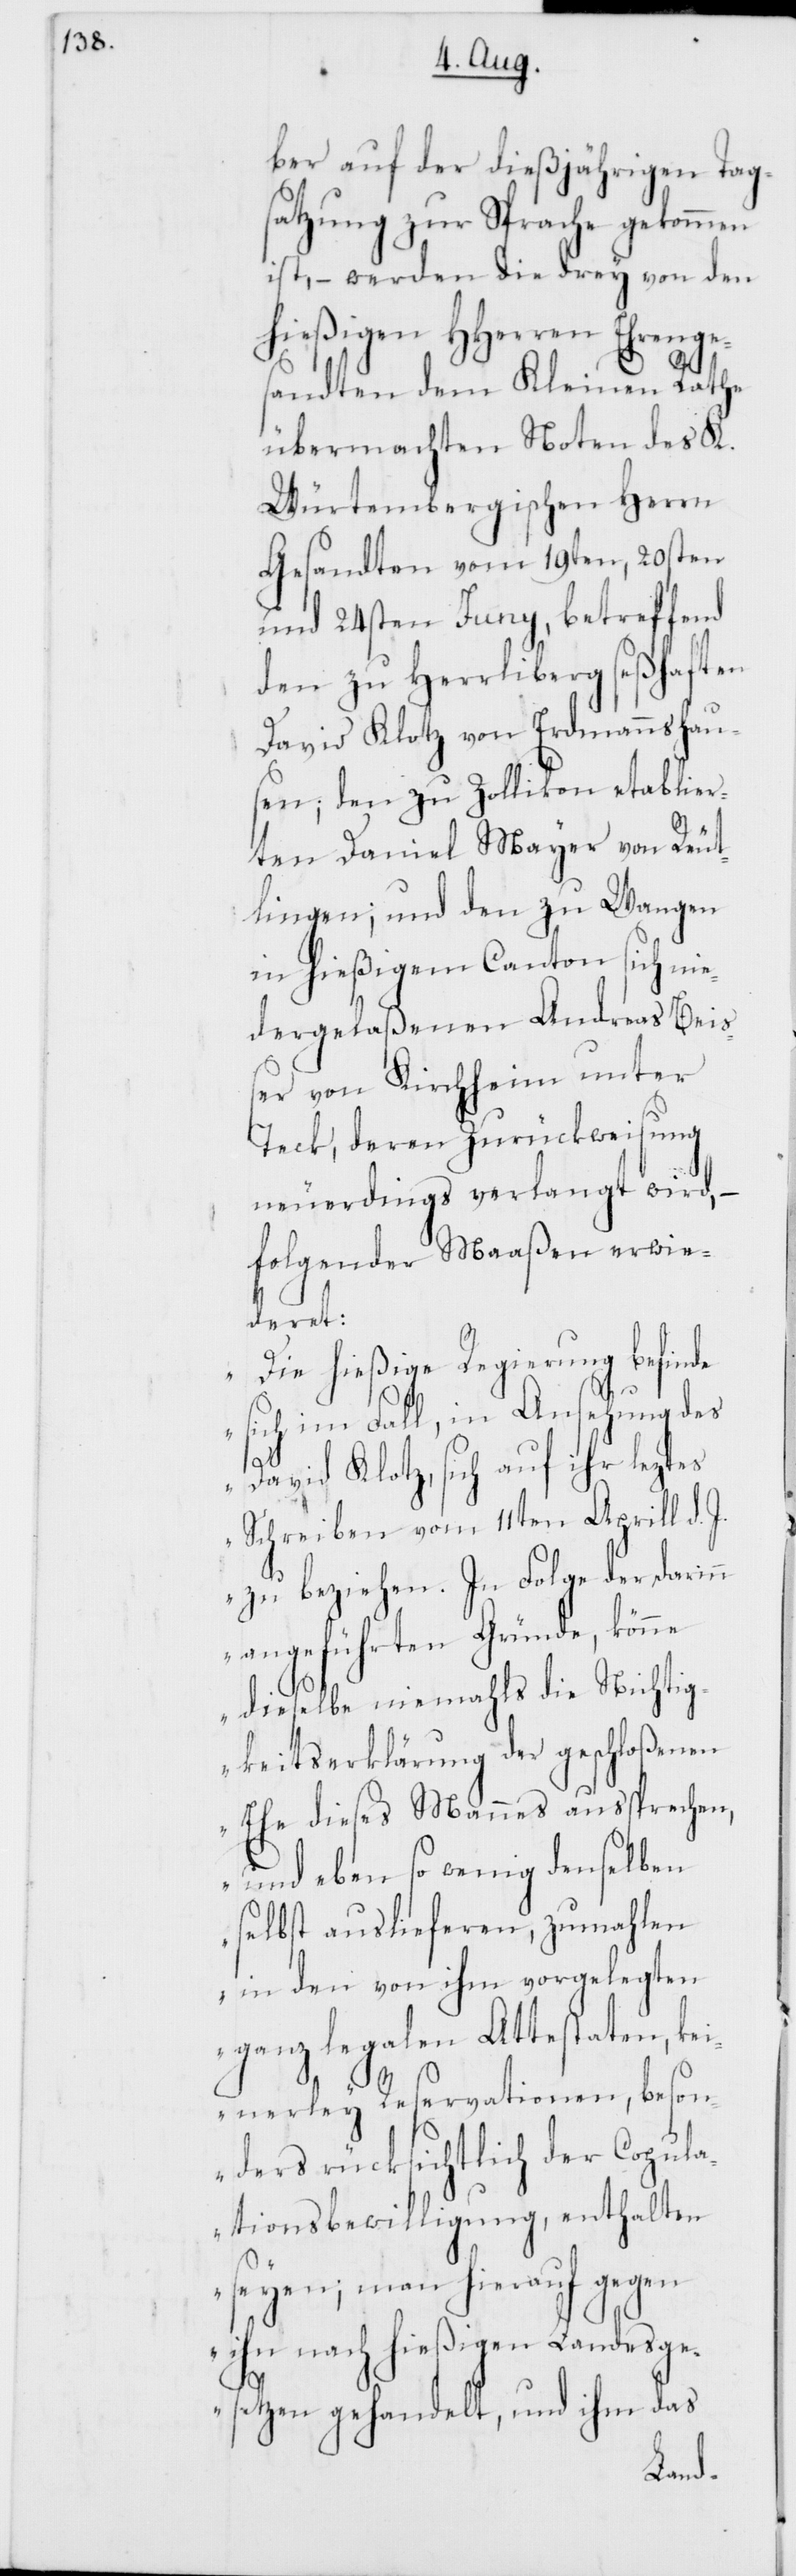
ber auf der dießjährigen Tags¬
atzung zur Sprache gekommen
ist, – werden die drey von den
hießigen HHerren Ehrenge¬
sandten dem Kleinen Rathe
übermachten Noten des K.
Württembergischen Herrn
Gesandten vom 19ten, 20sten
und 24sten Juny, betreffend
den zu Herrliberg seßhaften
David Klotz von Erdmannshau¬
sen; den zu Zollikon etablier¬
ten Daniel Mayer von Reut¬
lingen; und den zu Wangen
in hießigem Canton sich nie¬
dergelaßenen Andreas Beiß¬
er von Kirchheim unter
Teck; deren Zurückweisung
neuerdings verlangt wird,
folgender Maaßen erwi¬
deret:
„Die hießige Regierung befinde
sich im Fall, in Ansehung des
David Klotz, sich auf ihr leztes
Schreiben vom 11ten Aprill d.
zu beziehen. In Folge der darin
angeführten Gründe, könne
dieselbe niemahls die Nichtig¬
keitserklärung der geschloßenen
Ehe dieses Mannes aussprechen,
und eben so wenig denselben
selbst auslieferen, zumahlen
in den von ihm vorgelegten
ganz legalen Attestaten, k¬
einerley Reservationen, beson¬
ders rücksichtlich der Copula¬
tionsbewilligung, enthalten
seyen; man hierauf gegen
ihn nach hießigen Landesge¬
setzen gehandelt, und ihm das